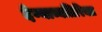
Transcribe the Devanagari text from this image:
देण्याव्यतिरिक्त